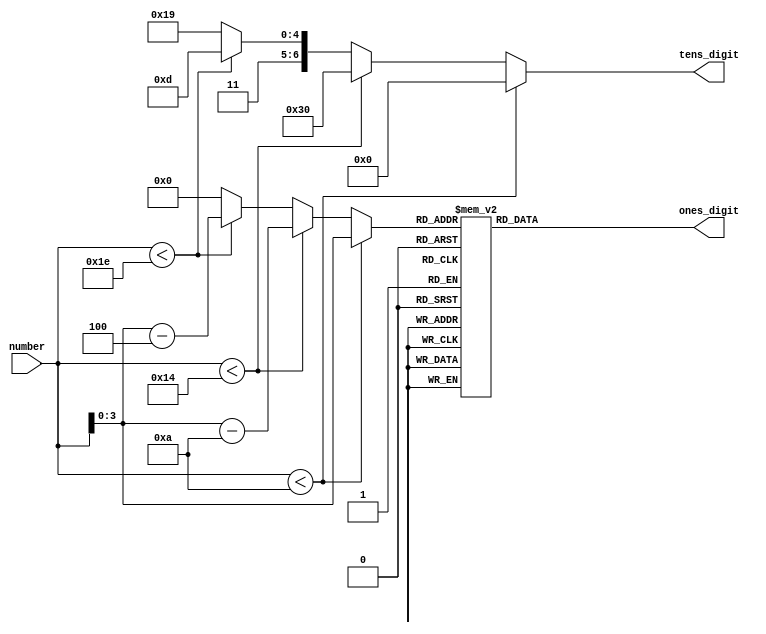
module seven_segment (
	number,
	tens_digit,
	ones_digit
);

//-------------Input Ports-----------------------------
input [4:0] number;

//-------------Output Ports----------------------------
output [6:0] tens_digit;
output [6:0] ones_digit;

//-------------Input ports Data Type------------------- 
wire [4:0] number;

//-------------Output Ports Data Type------------------
reg [6:0] tens_digit;
reg [6:0] ones_digit;

//-------------Internal Wires and Regs-----------------
reg [3:0] ones_value;

//------------Code Starts Here-------------------------
always @ (number) begin
	if (number < 5'd10) begin
	    tens_digit <= 7'b0000000;
	    ones_value <= number;
    end else if (number < 5'd20) begin
		tens_digit <= 7'b0110000;
	    ones_value <= number - 5'd10;
    end else if (number < 5'd30) begin
		tens_digit <= 7'b1101101;
	    ones_value <= number - 5'd20;
	end else begin
		tens_digit <= 7'b1111001;
	    ones_value <= 4'd0;
	end
end

always @ (ones_value) begin
	case(ones_value)
		4'd0 : ones_digit <= 7'b1111110;
		4'd1 : ones_digit <= 7'b0110000;
		4'd2 : ones_digit <= 7'b1101101;
		4'd3 : ones_digit <= 7'b1111001;
		4'd4 : ones_digit <= 7'b0110011;
		4'd5 : ones_digit <= 7'b1011011;
		4'd6 : ones_digit <= 7'b1011111;
		4'd7 : ones_digit <= 7'b1110000;
		4'd8 : ones_digit <= 7'b1111111;
		4'd9 : ones_digit <= 7'b1110011;
		default : ones_digit <= 7'b0000000;
	endcase
end

endmodule